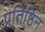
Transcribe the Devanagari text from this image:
प्रतिष्ठिन